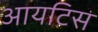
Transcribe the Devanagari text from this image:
आयटिस